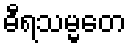
ဓီရသမ္မတေ